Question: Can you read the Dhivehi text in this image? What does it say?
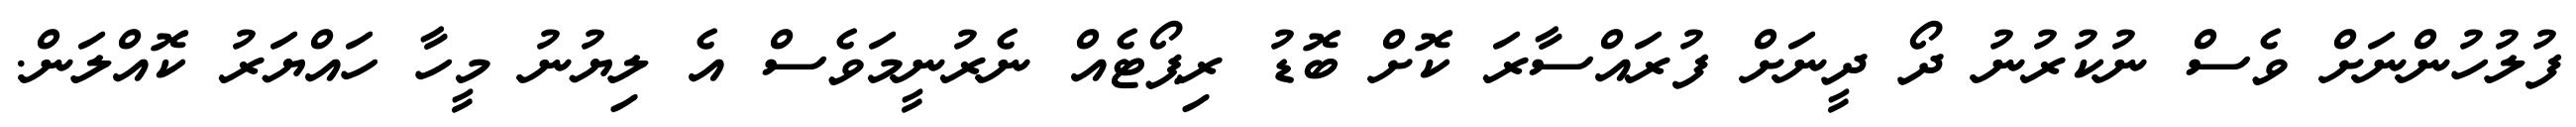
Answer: ފުލުހުންނަށް ވެސް ނުކުރުނު ދޯ ދީނަށް ފުރައްސާރަ ކޮށް ބޮޑު ރިޕޯޓެއް ނެރުނީމަވެސް އެ ލިޔުނު މީހާ ހައްޔަރު ކޮއްލަން.